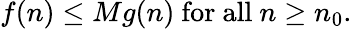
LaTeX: f(n)\leq Mg(n){\mathrm{~for~all~}}n\geq n_{0}.